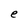
Character: e